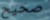
صحيح